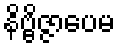
နိဗ္ဗိဇ္ဇာပေမ